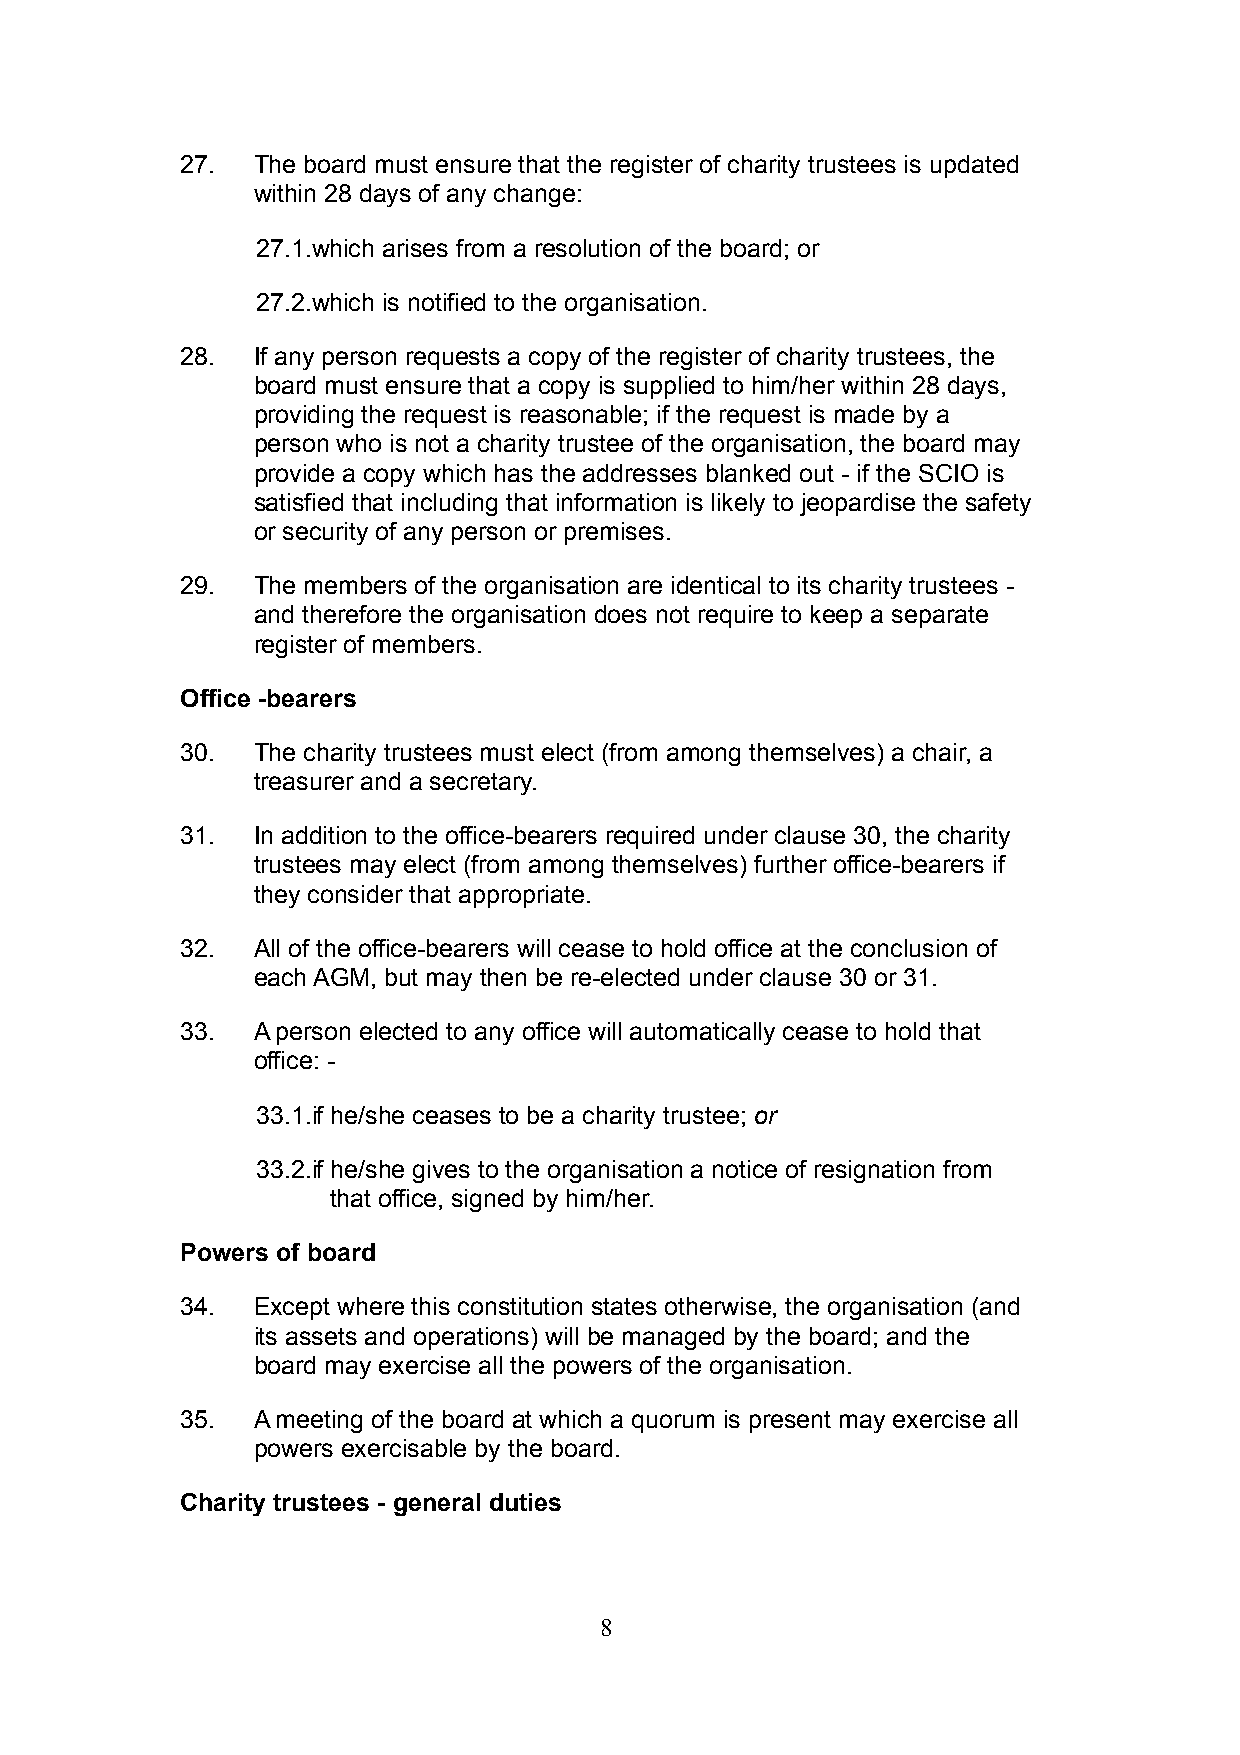
27.  The board must ensure that the register of charity trustees is updated
 within 28 days of any change:
 27.1.which arises from a resolution of the board; or
 27.2.which is notified to the organisation.
 28.  If any person requests a copy of the register of charity trustees, the
 board must ensure that a copy is supplied to him/her within 28 days,
 providing the request is reasonable; if the request is made by a
 person who is not a charity trustee of the organisation, the board may
 provide a copy which has the addresses blanked out - if the SCIO is
 satisfied that including that information is likely to jeopardise the safety
 or security of any person or premises.
 29.  The members of the organisation are identical to its charity trustees -
 and therefore the organisation does not require to keep a separate
 register of members.
 Office -bearers
 30.  The charity trustees must elect (from among themselves) a chair, a
 treasurer and a secretary.
 31.  In addition to the office-bearers required under clause 30, the charity
 trustees may elect (from among themselves) further office-bearers if
 they consider that appropriate.
 32.  All of the office-bearers will cease to hold office at the conclusion of
 each AGM, but may then be re-elected under clause 30 or 31.
 33.  A person elected to any office will automatically cease to hold that
 office: -
 33.1.if he/she ceases to be a charity trustee; or
 33.2.if he/she gives to the organisation a notice of resignation from
 that office, signed by him/her.
 Powers of board
 34.  Except where this constitution states otherwise, the organisation (and
 its assets and operations) will be managed by the board; and the
 board may exercise all the powers of the organisation.
 35.  A meeting of the board at which a quorum is present may exercise all
 powers exercisable by the board.
 Charity trustees - general duties
 8